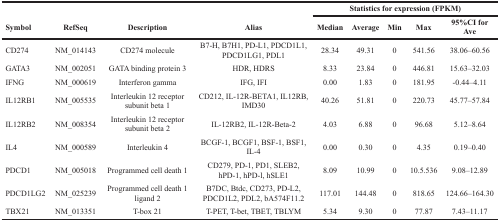
<table><thead><tr><td></td><td></td><td></td><td></td><td colspan="5"><b>Statistics for expression (FPKM)</b></td></tr><tr><td><b>Symbol</b></td><td><b>RefSeq</b></td><td><b>Description</b></td><td><b>Alias</b></td><td><b>Median</b></td><td><b>Average</b></td><td><b>Min</b></td><td><b>Max</b></td><td><b>95%CI for Ave</b></td></tr></thead><tbody><tr><td>CD274</td><td>NM_014143</td><td>CD274 molecule</td><td>B7-H, B7H1, PD-L1, PDCD1L1, PDCD1LG1, PDL1</td><td>28.34</td><td>49.31</td><td>0</td><td>541.56</td><td>38.06–60.56</td></tr><tr><td>GATA3</td><td>NM_002051</td><td>GATA binding protein 3</td><td>HDR, HDRS</td><td>8.33</td><td>23.84</td><td>0</td><td>446.81</td><td>15.63–32.03</td></tr><tr><td>IFNG</td><td>NM_000619</td><td>Interferon gamma</td><td>IFG, IFI</td><td>0.00</td><td>1.83</td><td>0</td><td>181.95</td><td>-0.44–4.11</td></tr><tr><td>IL12RB1</td><td>NM_005535</td><td>Interleukin 12 receptor subunit beta 1</td><td>CD212, IL-12R-BETA1, IL12RB, IMD30</td><td>40.26</td><td>51.81</td><td>0</td><td>220.73</td><td>45.77–57.84</td></tr><tr><td>IL12RB2</td><td>NM_008354</td><td>Interleukin 12 receptor subunit beta 2</td><td>IL-12RB2, IL-12R-Beta-2</td><td>4.03</td><td>6.88</td><td>0</td><td>96.68</td><td>5.12–8.64</td></tr><tr><td>IL4</td><td>NM_000589</td><td>Interleukin 4</td><td>BCGF-1, BCGF1, BSF-1, BSF1, IL-4</td><td>0.00</td><td>0.30</td><td>0</td><td>4.35</td><td>0.19–0.40</td></tr><tr><td>PDCD1</td><td>NM_005018</td><td>Programmed cell death 1</td><td>CD279, PD-1, PD1, SLEB2, hPD-1, hPD-l, hSLE1</td><td>8.09</td><td>10.99</td><td>0</td><td>10.5.536</td><td>9.08–12.89</td></tr><tr><td>PDCD1LG2</td><td>NM_025239</td><td>Programmed cell death 1 ligand 2</td><td>B7DC, Btdc, CD273, PD-L2, PDCD1L2, PDL2, bA574F11.2</td><td>117.01</td><td>144.48</td><td>0</td><td>818.65</td><td>124.66–164.30</td></tr><tr><td>TBX21</td><td>NM_013351</td><td>T-box 21</td><td>T-PET, T-bet, TBET, TBLYM</td><td>5.34</td><td>9.30</td><td>0</td><td>77.87</td><td>7.43–11.17</td></tr></tbody></table>